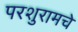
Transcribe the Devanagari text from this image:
परशुरामचे